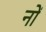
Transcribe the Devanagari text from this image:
नों